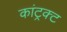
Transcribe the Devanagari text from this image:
कांट्रक्ट